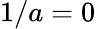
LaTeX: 1/a=0